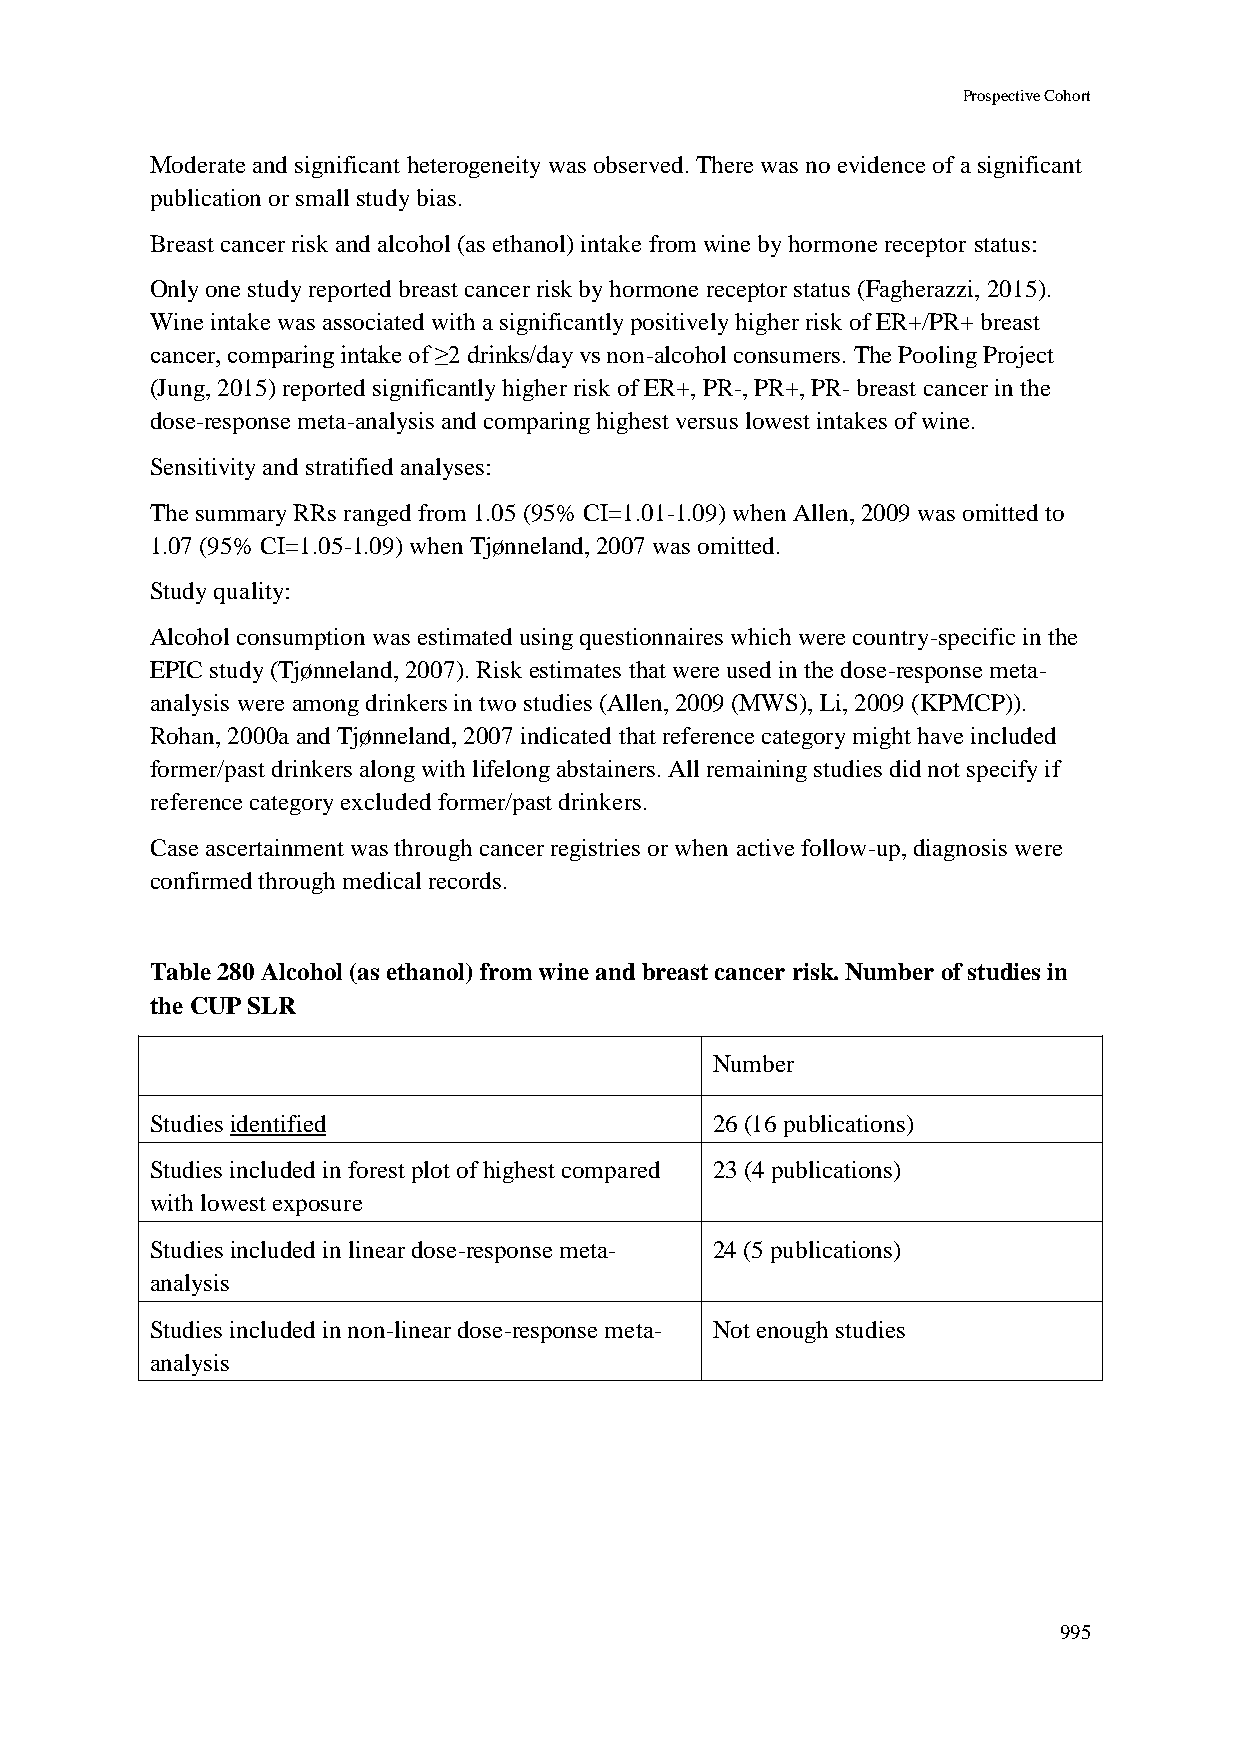
Prospective Cohort
 Moderate and significant heterogeneity was observed. There was no evidence of a significant
 publication or small study bias.
 Breast cancer risk and alcohol (as ethanol) intake from wine by hormone receptor status:
 Only one study reported breast cancer risk by hormone receptor status (Fagherazzi, 2015).
 Wine intake was associated with a significantly positively higher risk of ER+/PR+ breast
 cancer, comparing intake of ≥2 drinks/day vs non-alcohol consumers. The Pooling Project
 (Jung, 2015) reported significantly higher risk of ER+, PR-, PR+, PR- breast cancer in the
 dose-response meta-analysis and comparing highest versus lowest intakes of wine.
 Sensitivity and stratified analyses:
 The summary RRs ranged from 1.05 (95% CI=1.01-1.09) when Allen, 2009 was omitted to
 1.07 (95% CI=1.05-1.09) when Tjønneland, 2007 was omitted.
 Study quality:
 Alcohol consumption was estimated using questionnaires which were country-specific in the
 EPIC study (Tjønneland, 2007). Risk estimates that were used in the dose-response meta-
 analysis were among drinkers in two studies (Allen, 2009 (MWS), Li, 2009 (KPMCP)).
 Rohan, 2000a and Tjønneland, 2007 indicated that reference category might have included
 former/past drinkers along with lifelong abstainers. All remaining studies did not specify if
 reference category excluded former/past drinkers.
 Case ascertainment was through cancer registries or when active follow-up, diagnosis were
 confirmed through medical records.
 Table 280 Alcohol (as ethanol) from wine and breast cancer risk. Number of studies in
 the CUP SLR
 Number
 Studies identified                   26 (16 publications)
 Studies included in forest plot of highest compared 23 (4 publications)
 with lowest exposure
 Studies included in linear dose-response meta- 24 (5 publications)
 analysis
 Studies included in non-linear dose-response meta- Not enough studies
 analysis
 995